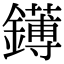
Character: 䥬